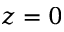
z = 0